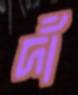
দাঁঁ